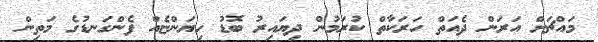
މައްޗަށް އަރަން ދެއަތް ހަރަކާތް ކުރަމުން ދިޔައިރު ބޮޑު ހިޔަންޏެއް ފެންގަނޑުގެ މަތިން